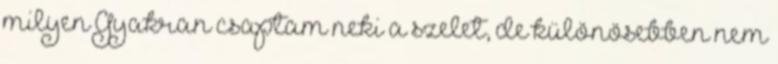
milyen Gyakran csaptam neki a szelet, de különösebben nem